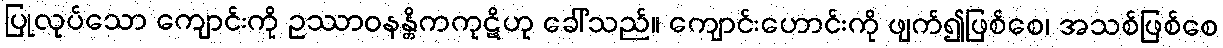
ပြုလုပ်သော ကျောင်းကို ဥဿာဝနန္တိကကုဋိဟု ခေါ်သည်။ ကျောင်းဟောင်းကို ဖျက်၍ဖြစ်စေ၊ အသစ်ဖြစ်စေ